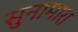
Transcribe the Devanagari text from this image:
सुनामारा